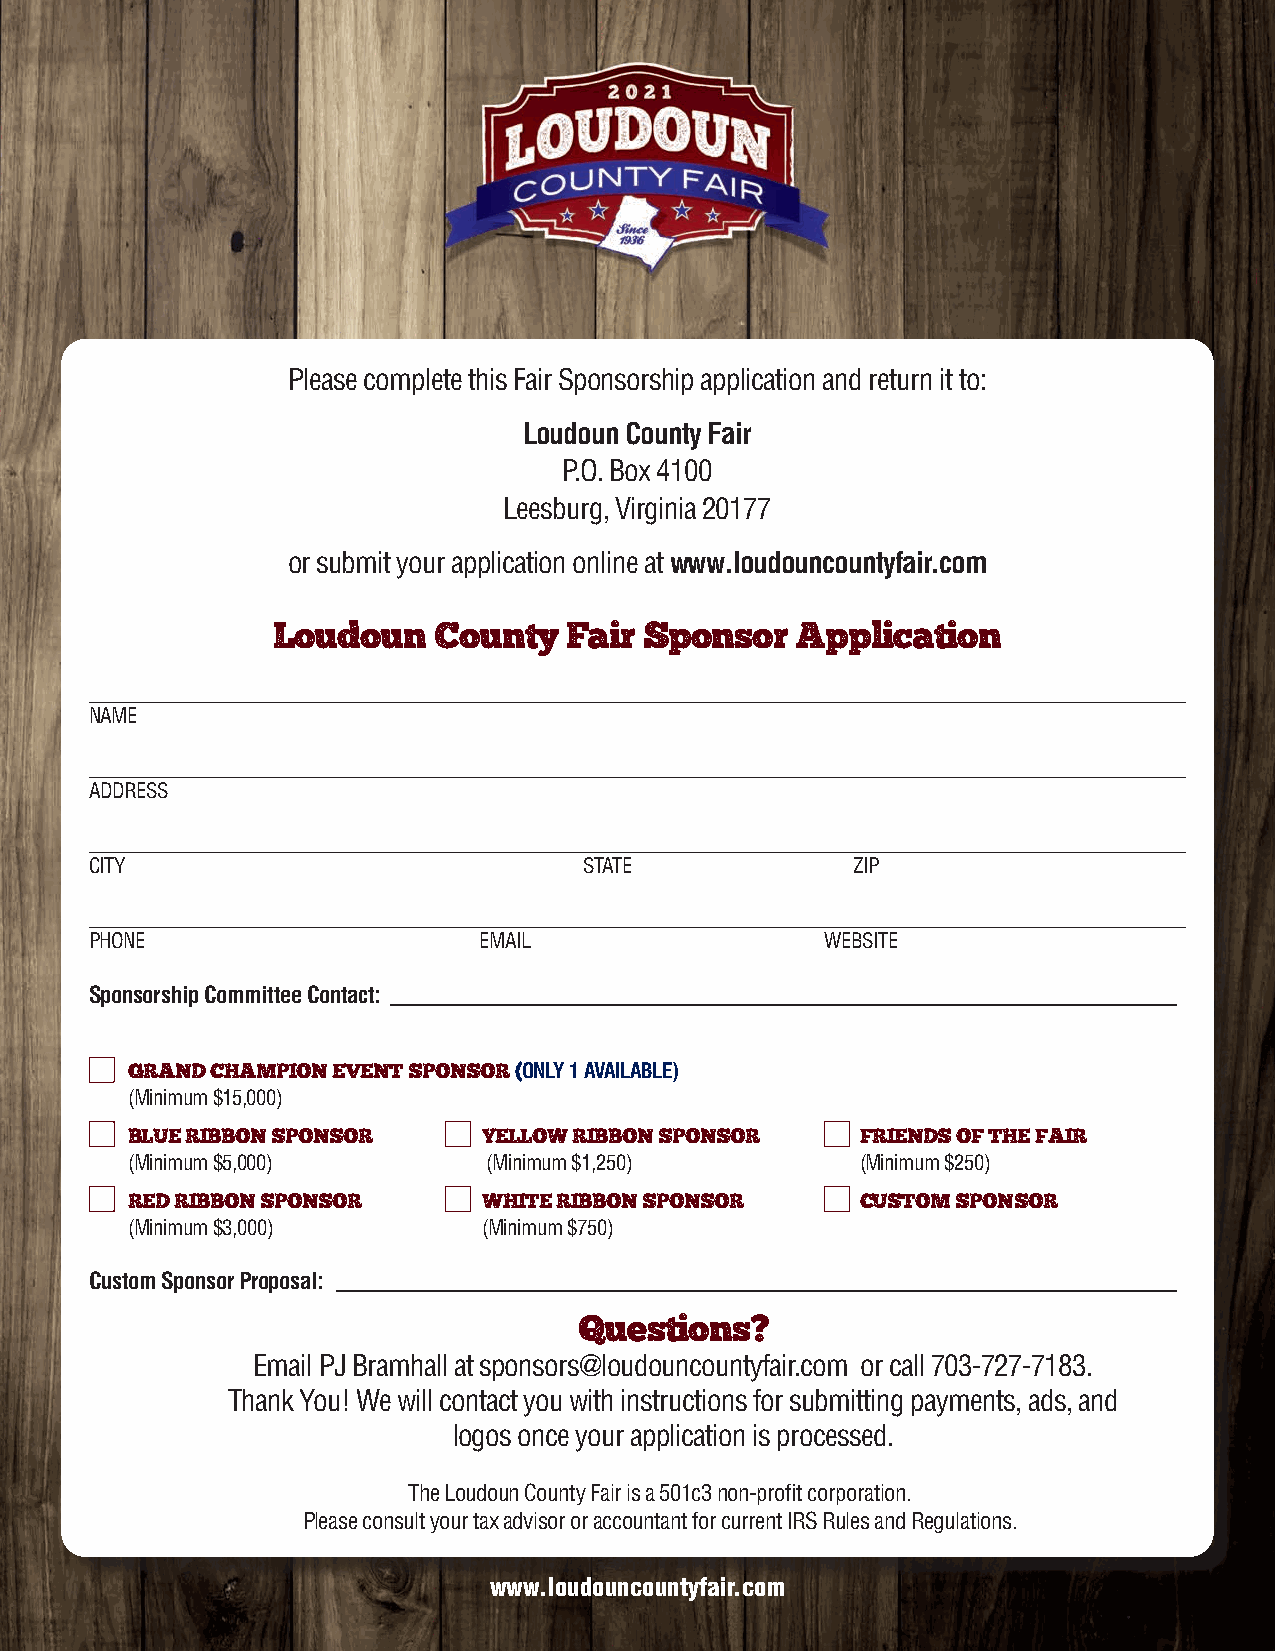
Please complete this Fair Sponsorship application and return it to:
 Loudoun County Fair
 Sponsorship                Opportunities
 P.O. Box 4100
 Leesburg, Virginia 20177
 or submit your application online at www.loudouncountyfair.com
 Loudoun    County   Fair Sponsor   Application
 NAME
 ADDRESS
 CITY                             STATE            ZIP
 PHONE                     EMAIL                  WEBSITE
 Sponsorship Committee Contact: _________________________________________________________________________
 GRAND CHAMPION EVENT SPONSOR (ONLY 1 AVAILABLE)
 (Minimum $15,000)
 BLUE RIBBON SPONSOR     YELLOW RIBBON SPONSOR    FRIENDS OF THE FAIR
 (Minimum $5,000)        (Minimum $1,250)         (Minimum $250)
 RED RIBBON SPONSOR      WHITE RIBBON SPONSOR     CUSTOM SPONSOR
 (Minimum $3,000)        (Minimum $750)
 Custom Sponsor Proposal: ______________________________________________________________________________
 Questions?
 Email PJ Bramhall at sponsors@loudouncountyfair.com or call 703-727-7183.
 Thank You! We will contact you with instructions for submitting payments, ads, and
 logos once your application is processed.
 The Loudoun County Fair is a 501c3 non-profit corporation.
 Please consult your tax advisor or accountant for current IRS Rules and Regulations.
 www.loudouncountyfair.com